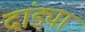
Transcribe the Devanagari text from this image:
दांड्या